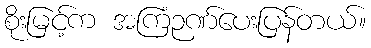
စိုးမြင့်က အကြံဉဏ်ပေးပြန်တယ်။